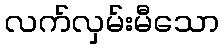
လက်လှမ်းမီသော